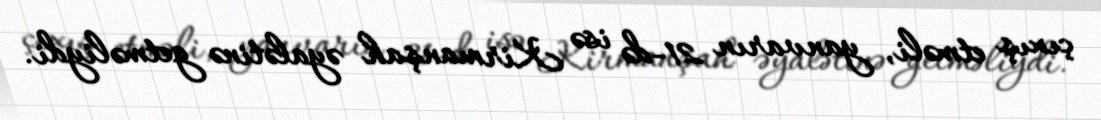
çıxış etməli, yanvarın 21-də isə Kirmanşah əyalətinə getməliydi.